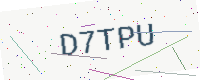
Text: D7TPU